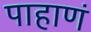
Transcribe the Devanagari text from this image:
पाहाणं